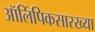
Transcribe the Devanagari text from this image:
ऑलिंपिकसारख्या